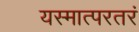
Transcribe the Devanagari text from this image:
यस्मात्परतरं